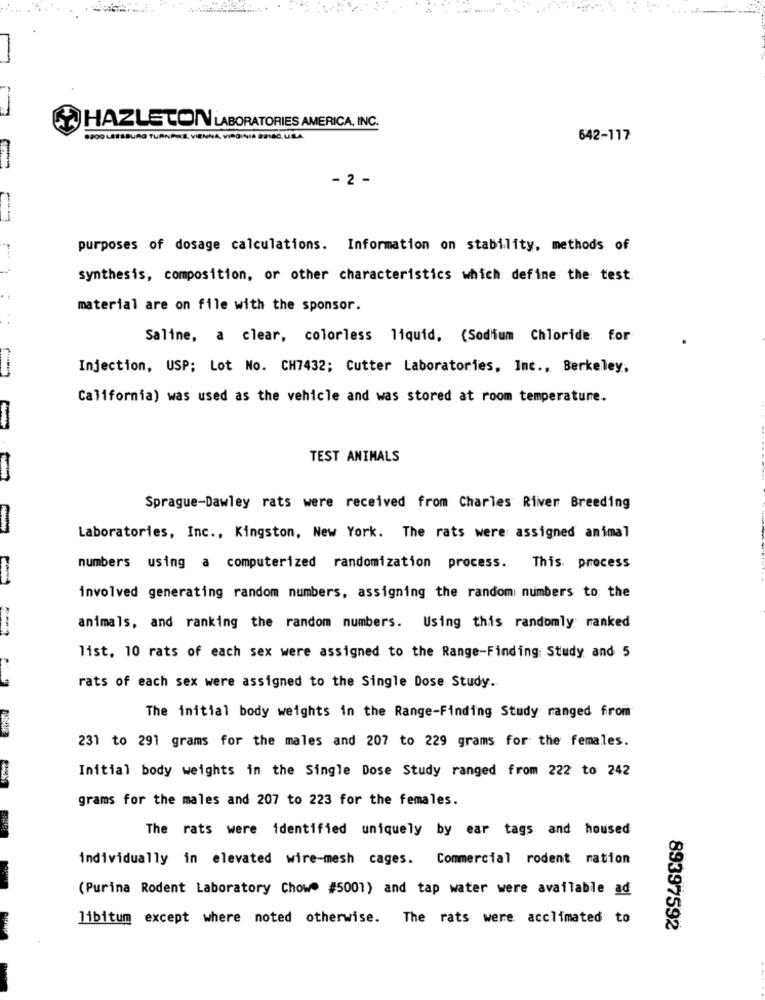
HAZLETON LABORATORIES AMERICA, INC.
8200 LEESBURG TURNPICS, VIENNA, VIRGINIA 82180, U.S.A
642-117
- 2 -
purposes of dosage calculations. Information on stability, methods of
synthesis, composition, or other characteristics which define the test
material are on file with the sponsor.
..
Saline, a clear, colorless liquid. (Sodium Chloride: for
Injection, USP; Lot No. CH7432; Cutter Laboratories, Inc ., Berkeley,
California) was used as the vehicle and was stored at room temperature.
TEST ANIMALS
Sprague-Dawley rats were received from Charles River Breeding
Laboratories, Inc ., Kingston, New York. The rats were assigned animal
numbers using a computerized randomization process. This process
involved generating random numbers, assigning the random numbers to the
-- 1
animals, and ranking the random numbers. Using this randomly ranked
list, 10 rats of each sex were assigned to the Range-Finding Study and 5
rats of each sex were assigned to the Single Dose Study.
The initial body weights in the Range-Finding Study ranged from
231 to 291 grams for the males and 207 to 229 grams for the females.
Initial body weights in the Single Dose Study ranged from 222 to 242
grams for the males and 207 to 223 for the females.
The rats were identified uniquely by ear tags and housed
individually in elevated wire-mesh cages. Commercial rodent ration
(Purina Rodent Laboratory Chow" #5001) and tap water were available ad
libitum except where noted otherwise. The rats were acclimated to
89397592